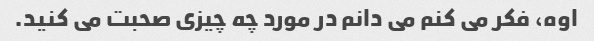
اوه، فکر می کنم می دانم در مورد چه چیزی صحبت می کنید.